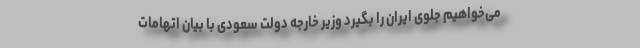
می‌خواهیم جلوی ایران را بگیرد وزیر خارجه دولت سعودی با بیان اتهامات